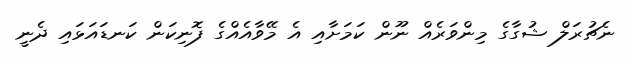
ނެޗުރަލް ޝުގާގެ މިންވަރެއް ނޫން ކަމަށާއި އެ މޭވާއެއްގެ ފޮނިކަން ކަނޑައަޅައި ދެނީ